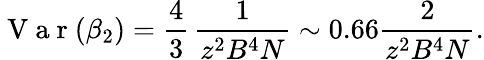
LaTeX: \mathrm{~V~a~r~}(\beta_{2})=\frac{4}{3}\, \frac{1}{z^{2}B^{4}N}\sim 0.66\frac{2}{z^{2}B^{4}N}.